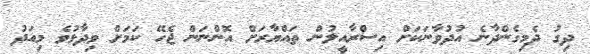
ދިގު ދެމިގެންދާނެ އުދުވާނަކަށް އިސްރާއީލުން ތައްޔާރަށް އޮންނަން ޖެހޭ ކަމަށް ވިދާޅުވެ މިއަދު